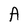
Character: A